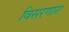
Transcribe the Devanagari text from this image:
विसरणारा